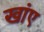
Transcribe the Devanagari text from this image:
खांए